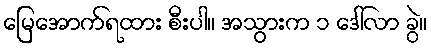
မြေအောက်ရထား စီးပါ။ အသွားက ၁ ဒေါ်လာ ခွဲ။